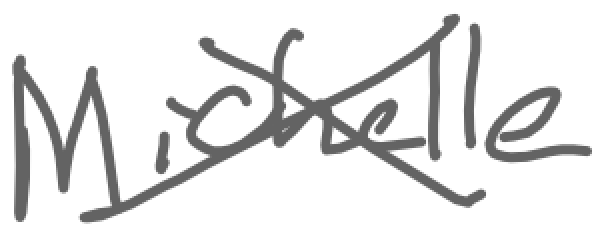
Text: Michelle
Cross-out: cross
Writing tool: digital_gray